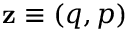
\mathbf { z } \equiv ( q , p )